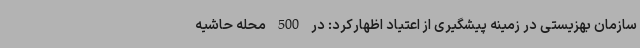
سازمان بهزیستی در زمینه پیشگیری از اعتیاد اظهارکرد: در 500 محله حاشیه